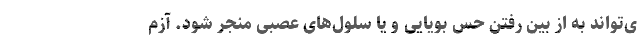
ی‌تواند به از بین رفتن حس بویایی و یا سلول‌های عصبی منجر شود. آزم